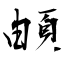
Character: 頔